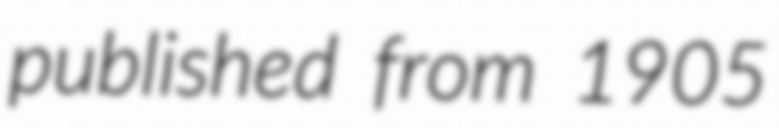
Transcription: published from 1905